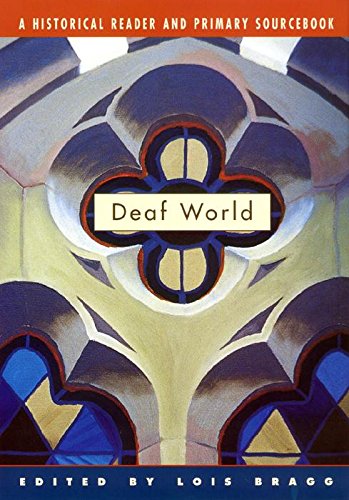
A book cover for Deaf World: A Historical Reader and Primary Sourcebook; Health, Fitness & Dieting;